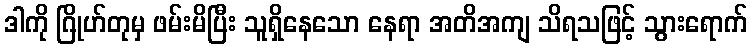
ဒါကို ဂြိုဟ်တုမှ ဖမ်းမိပြီး သူရှိနေသော နေရာ အတိအကျ သိရသဖြင့် သွားရောက်